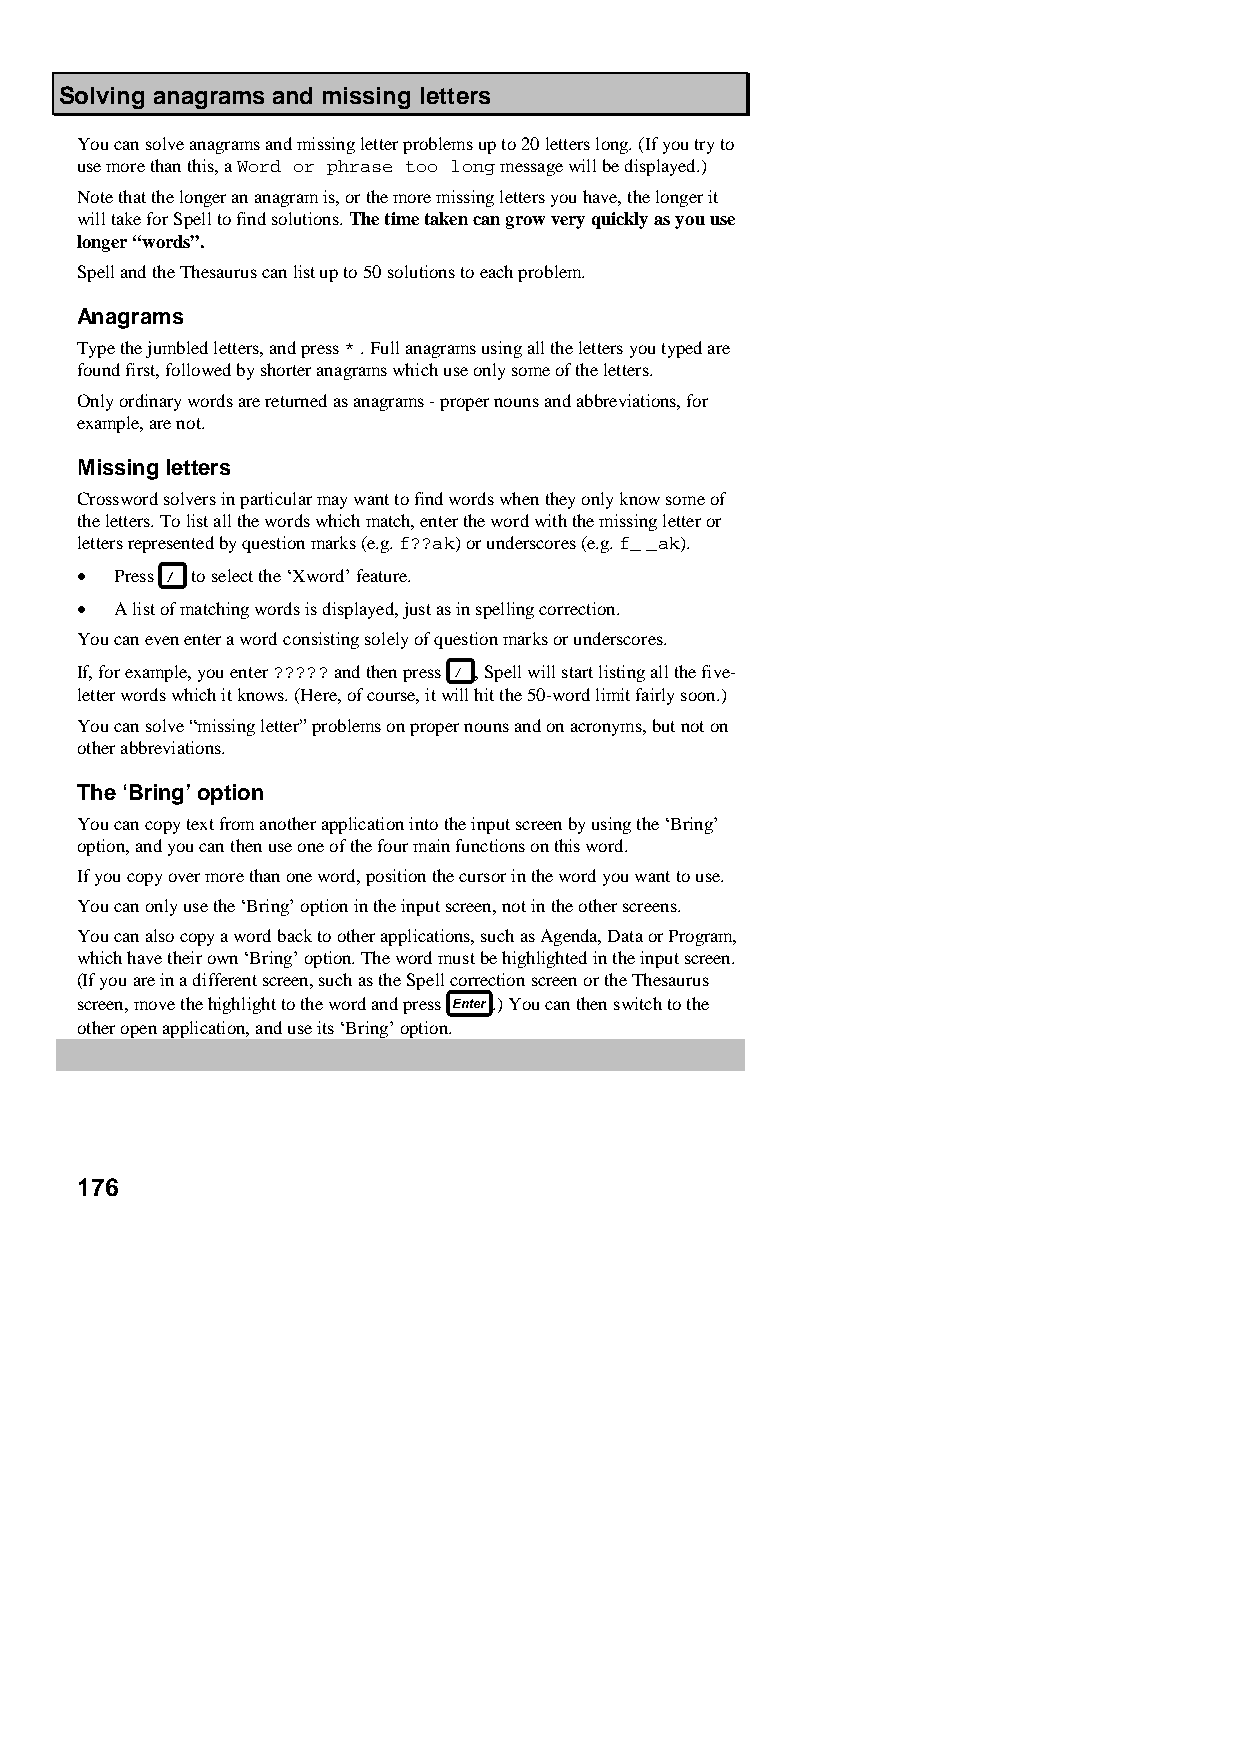
Solving anagrams and missing letters
 You can solve anagrams and missing letter problems up to 20 letters long. (If you try to
 use more than this, a Word or phrase too long message will be displayed.)
 Note that the longer an anagram is, or the more missing letters you have, the longer it
 will take for Spell to find solutions. The time taken can grow very quickly as you use
 longer “words”.
 Spell and the Thesaurus can list up to 50 solutions to each problem.
 Anagrams
 Type the jumbled letters, and press * . Full anagrams using all the letters you typed are
 found first, followed by shorter anagrams which use only some of the letters.
 Only ordinary words are returned as anagrams - proper nouns and abbreviations, for
 example, are not.
 Missing letters
 Crossword solvers in particular may want to find words when they only know some of
 the letters. To list all the words which match, enter the word with the missing letter or
 letters represented by question marks (e.g. f??ak) or underscores (e.g. f_ _ak).
 •  Press to select the ‘Xword’ feature.
 •  A list of matching words is displayed, just as in spelling correction.
 You can even enter a word consisting solely of question marks or underscores.
 If, for example, you enter ????? and then press , Spell will start listing all the five-
 letter words which it knows. (Here, of course, it will hit the 50-word limit fairly soon.)
 You can solve “missing letter” problems on proper nouns and on acronyms, but not on
 other abbreviations.
 The ‘Bring’ option
 You can copy text from another application into the input screen by using the ‘Bring’
 option, and you can then use one of the four main functions on this word.
 If you copy over more than one word, position the cursor in the word you want to use.
 You can only use the ‘Bring’ option in the input screen, not in the other screens.
 You can also copy a word back to other applications, such as Agenda, Data or Program,
 which have their own ‘Bring’ option. The word must be highlighted in the input screen.
 (If you are in a different screen, such as the Spell correction screen or the Thesaurus
 screen, move the highlight to the word and press .) You can then switch to the
 other open application, and use its ‘Bring’ option.
 176